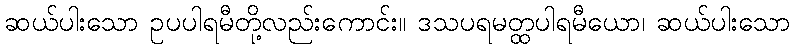
ဆယ်ပါးသော ဥပပါရမီတို့လည်းကောင်း။ ဒသပရမတ္ထပါရမီယော၊ ဆယ်ပါးသော